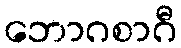
ဘောဂစာဂီ